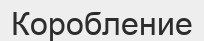
Коробление